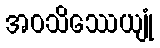
အဝသိဿေယျုံ